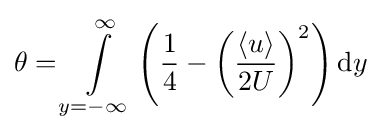
\theta =\int \limits _{y=-\infty }^{\infty }\left({\frac {1}{4}}-\left({\frac {\left\langle u\right\rangle }{2U}}\right)^{2}\right)\mathrm {d} y